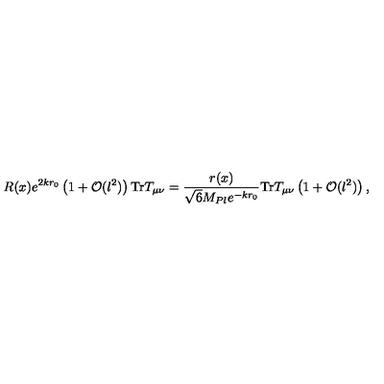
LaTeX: R ( x ) e ^ { 2 k r _ { 0 } } \left( 1 + { \cal O } ( l ^ { 2 } ) \right) \mathrm { T r } T _ { \mu \nu } = \frac { r ( x ) } { \sqrt { 6 } M _ { P l } e ^ { - k r _ { 0 } } } \mathrm { T r } T _ { \mu \nu } \left( 1 + { \cal O } ( l ^ { 2 } ) \right) ,